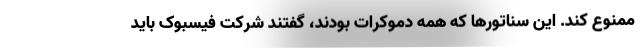
ممنوع کند. این سناتورها که همه دموکرات بودند، گفتند شرکت فیسبوک باید